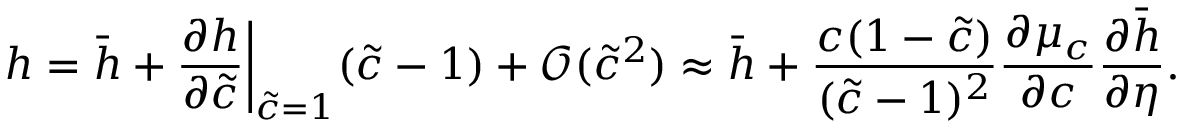
h = \bar { h } + \frac { \partial h } { \partial \tilde { c } } \bigg | _ { \tilde { c } = 1 } ( \tilde { c } - 1 ) + \mathcal { O } ( \tilde { c } ^ { 2 } ) \approx \bar { h } + \frac { c ( 1 - \tilde { c } ) } { ( \tilde { c } - 1 ) ^ { 2 } } \frac { \partial \mu _ { c } } { \partial c } \frac { \partial \bar { h } } { \partial \eta } .